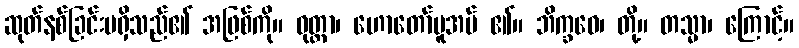
ဆုတ်နစ်ခြင်းမရှိသည်၏ အဖြစ်ကို။ ဝုတ္တာ၊ ဟောတော်မူအပ် ၏။ ဘိက္ခဝေ၊ တို့။ တသ္မာ၊ ကြောင့်။